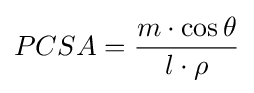
PCSA={\frac {m\cdot \cos \theta }{l\cdot \rho }}